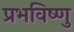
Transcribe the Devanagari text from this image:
प्रभविष्णु